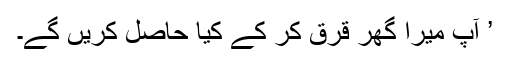
’ آپ میرا گھر قرق کر کے کیا حاصل کریں گے۔